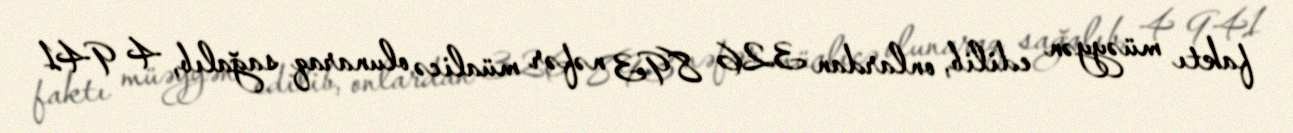
faktı müəyyən edilib, onlardan 326 893 nəfər müalicə olunaraq sağalıb, 4 941